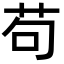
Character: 苟